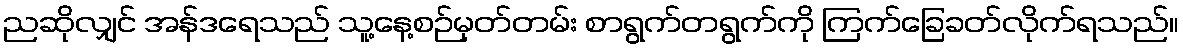
ညဆိုလျှင် အန်ဒရေသည် သူ့နေ့စဉ်မှတ်တမ်း စာရွက်တရွက်ကို ကြက်ခြေခတ်လိုက်ရသည်။